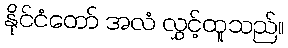
နိုင်ငံတော် အလံ လွှင့်ထူသည်။